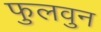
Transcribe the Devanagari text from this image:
फुलवुन